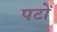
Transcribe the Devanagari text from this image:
पटों